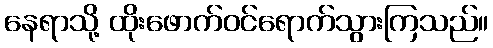
နေရာသို့ ထိုးဖောက်ဝင်ရောက်သွားကြသည်။